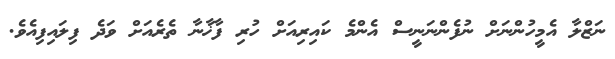
ނަޒްލާ އެމީހުންނަށް ނުފެންނަނީސް އެންމެ ކައިރިއަށް ހުރި ފާޚާނާ ތެރެއަށް ވަދެ ފިލައިފިއެވެ.